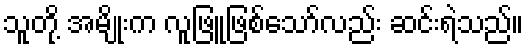
သူတို့ အမျိုးက လူဖြူဖြစ်သော်လည်း ဆင်းရဲသည်။